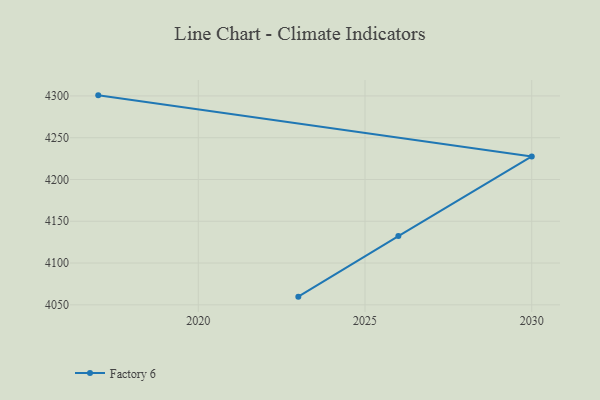
{"axis": {"x": "Year", "y": "Bounce Rate (%)"}, "legend": ["Factory 6"], "data": [{"x": "2023", "y": 4059.8, "type": "Factory 6"}, {"x": "2026", "y": 4132.3, "type": "Factory 6"}, {"x": "2030", "y": 4227.6, "type": "Factory 6"}, {"x": "2017", "y": 4300.7, "type": "Factory 6"}]}